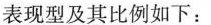
表现型及其比例如下：